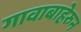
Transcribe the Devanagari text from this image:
गावाबाहेरुन